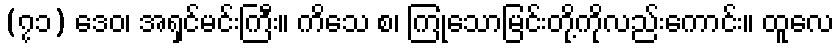
(၇၁) ဒေဝ၊ အရှင်မင်းကြီး။ ကိသေ စ၊ ကြုံသောမြင်းတို့ကိုလည်းကောင်း။ ထူလေ